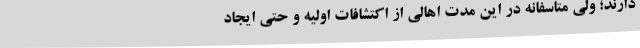
دارند؛ ولی متاسفانه در این مدت اهالی از اکتشافات اولیه و حتی ایجاد